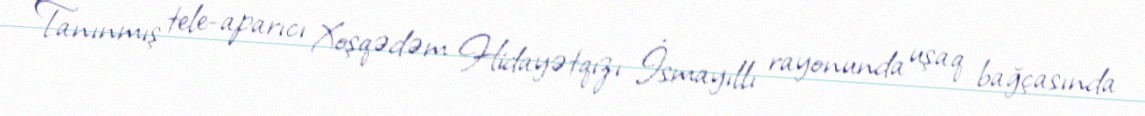
Tanınmış tele-aparıcı Xoşqədəm Hidayətqızı İsmayıllı rayonunda uşaq bağçasında